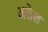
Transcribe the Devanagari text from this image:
अलेल